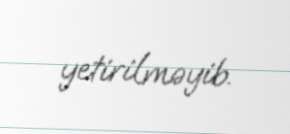
yetirilməyib.